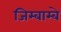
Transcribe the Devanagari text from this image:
जिम्बाम्बे